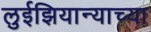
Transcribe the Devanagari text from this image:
लुईझियान्याच्या